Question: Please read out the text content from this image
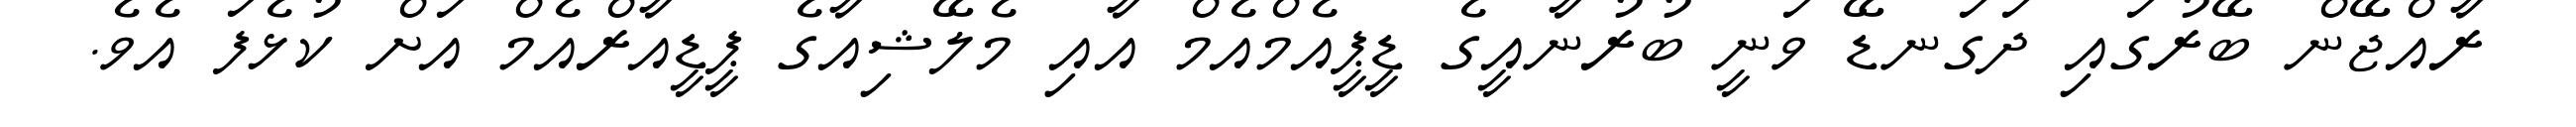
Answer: ރާއްޖޭން ބޭރުގައި ދަގަނޑޭ ވަނީ ބުރުނާއީގެ ޑީޕީއެމްއެމް އާއި މެލޭޝިއާގެ ޕީޑީއާރްއެމް އަށް ކުޅެފަ އެވެ.